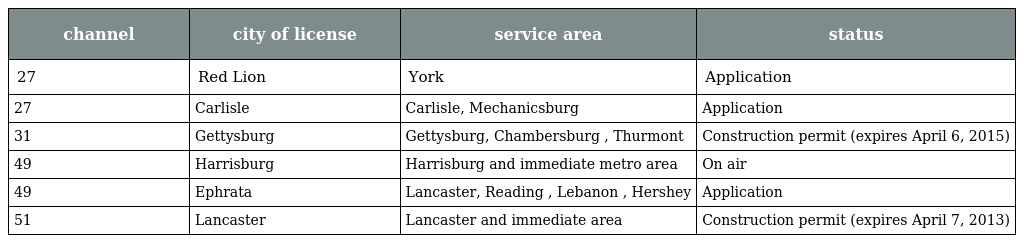
| channel | city of license | service area | status |
 | --- | --- | --- | --- |
 | 27 | Red Lion | York | Application |
 | 27 | Carlisle | Carlisle, Mechanicsburg | Application |
 | 31 | Gettysburg | Gettysburg, Chambersburg , Thurmont | Construction permit (expires April 6, 2015) |
 | 49 | Harrisburg | Harrisburg and immediate metro area | On air |
 | 49 | Ephrata | Lancaster, Reading , Lebanon , Hershey | Application |
 | 51 | Lancaster | Lancaster and immediate area | Construction permit (expires April 7, 2013) |